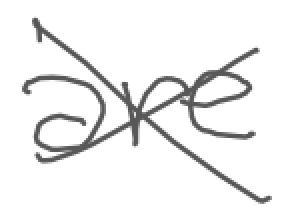
Text: are
Cross-out: mix
Writing tool: digital_gray